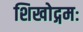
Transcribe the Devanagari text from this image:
शिखोद्गमः